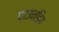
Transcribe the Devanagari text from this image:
फाउन्डिंग